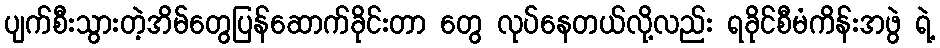
ပျက်စီးသွားတဲ့အိမ်တွေပြန်ဆောက်ခိုင်းတာ တွေ လုပ်နေတယ်လို့လည်း ရခိုင်စီမံကိန်းအဖွဲ ရဲ့